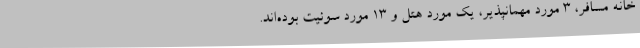
خانه مسافر، 3 مورد مهمانپذیر، یک مورد هتل و 13 مورد سوئیت بوده‌اند.